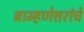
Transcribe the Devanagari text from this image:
ब्राम्हणेत्तरांचे